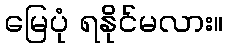
မြေပုံ ရနိုင်မလား။